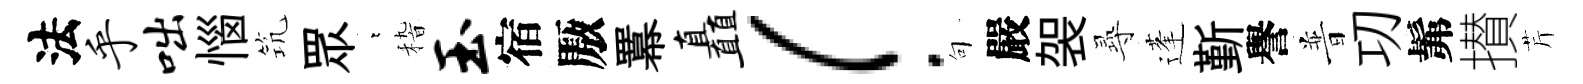
法乎咄惱𥬑眾萋𥟵玉宿厫羃矗！句嚴袈𡬶蓬斳譽普㓛髴攅芹